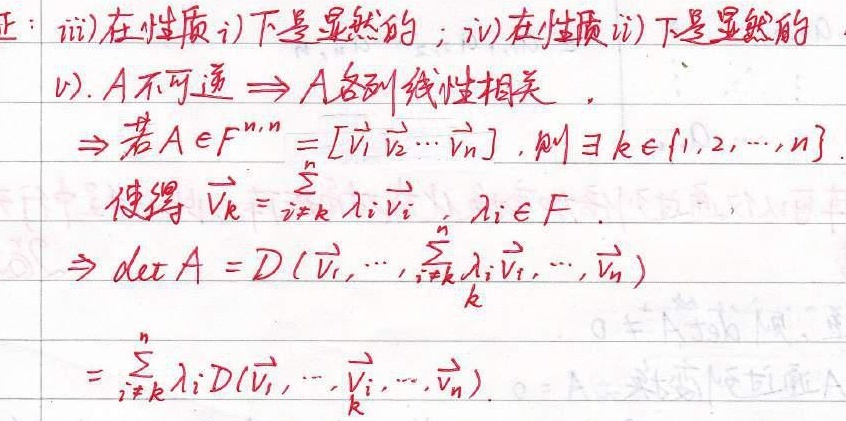
证：iii) 在性质 i) 下是显然的；iv) 在性质 ii) 下是显然的.

v). $A$ 不可逆 $\Rightarrow A$ 各列线性相关.
$\Rightarrow$ 若 $A\in F^{n,n}=[\vec{v}_1\vec{v}_2\cdots\vec{v}_n]$，则 $\exists k\in\{1,2,\cdots,n\}$ 使得 $\vec{v}_k=\sum_{i\neq k}^{n}\lambda_i\vec{v}_i$，$\lambda_i\in F$.
$\Rightarrow \det A = D(\vec{v}_1,\cdots,\sum_{i\neq k}^{n}\lambda_i\vec{v}_i,\cdots,\vec{v}_n)$
$=\sum_{i\neq k}^{n}\lambda_iD(\vec{v}_1,\cdots,\vec{v}_i,\cdots,\vec{v}_n)$.